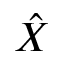
\Hat { X }